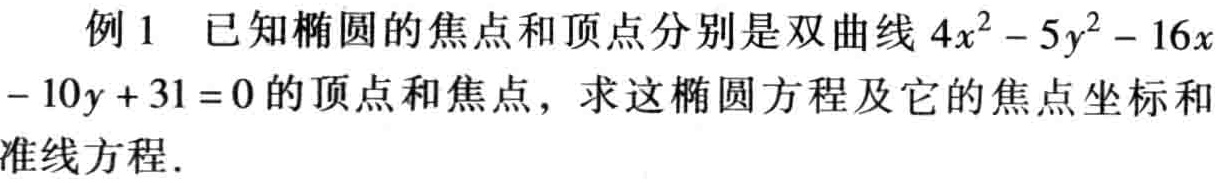
例1 已知椭圆的焦点和顶点分别是双曲线\(4x^{2}-5y^{2}-16x - 10y + 31 = 0\)的顶点和焦点，求这椭圆方程及它的焦点坐标和准线方程.